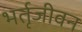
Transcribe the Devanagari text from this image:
भर्तृजीवन